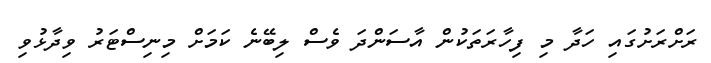
ރަށްރަށުގައި ހަދާ މި ފިހާރަތަކުން އާސަންދަ ވެސް ލިބޭނެ ކަމަށް މިނިސްޓަރު ވިދާޅުވި